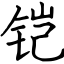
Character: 铠